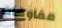
مفاوضات